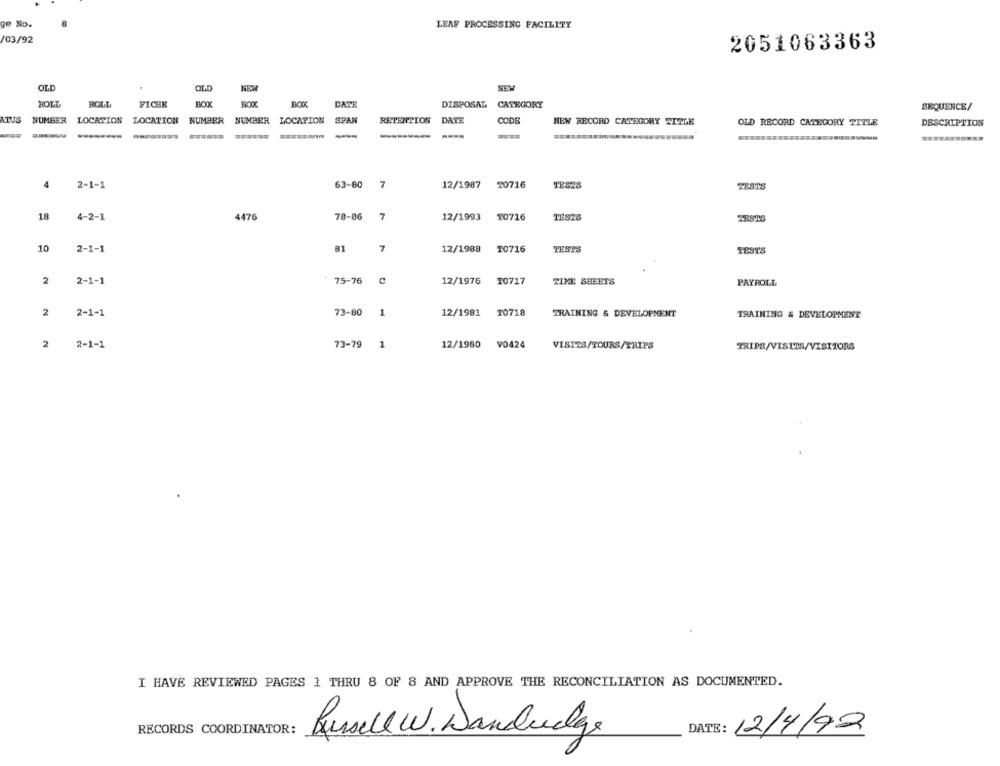
ge No.
LEAF PROCESSING FACILITY
03/92
2051063363
OLD
QLD
NEM
NEW
ROLL
ROLL
FICHE
BOX
BOX
DATE
DISPOSAL CATEGORY
SEQUENCE/
ATUS NUMBER LOCATION LOCATION NUMBER NUMBER
LOCATION
SPAN
RETENTION DATE
CODE
NEW RECORD CATEGORY TITLE
OLD RECORD CATEGORY TITLE
DESCRIPTION
-
4
2-1-1
63-60
7
12/1987
20716
TESTS
TESTS
78-06
7
18
4-2-
4476
12/1993
TO716
TESTE
TESTS
10
2-1-1
81
7
12/1988
T0716
TESTS
TESTS
2
2-1-1
75-76
C
12/1976
10717
TIME SHEETS
PAYROLL
2
2-1-1
73-80
1
12/1981
10718
TRAINING & DEVELOPMENT
TRAINING & DEVELOPMENT
2
2-1-1
73-79
1
12/1980
V0424
VISITS/TOURS/TRIPS
TRIPS/VISITS/VISITORS
I HAVE REVIEWED PAGES 1 THRU 8 OF 8 AND APPROVE THE RECONCILIATION AS DOCUMENTED.
RECORDS COORDINATOR:
Russell W. Dandeelge
DATE : 12/4/92